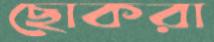
ছোকরা